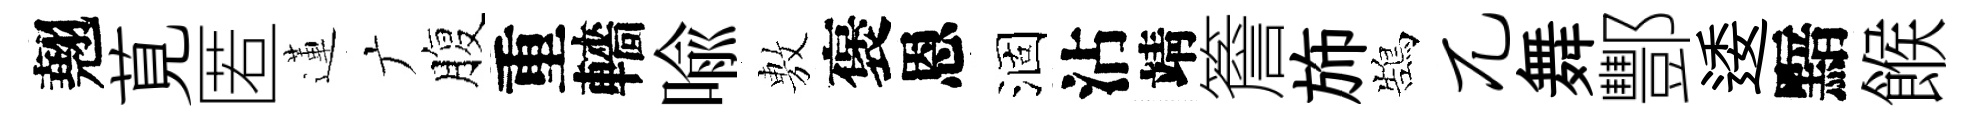
翹莧匿蓮广腹重轖喩𢾾褒恩涸沾靖簷斾鵠兀舞酆逶黯餱